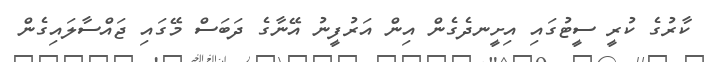
ކާރުގެ ކުރީ ސީޓުގައި އިށީނދެގެން އިން އަރުފީނު އޭނާގެ ދަބަސް މޭގައި ޖައްސާލައިގެން